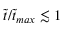
\tilde { t } / \tilde { t } _ { m a x } \lesssim 1